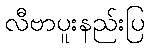
လီဗာပူးနည်းပြ